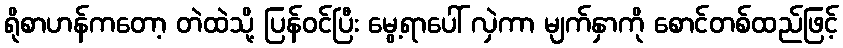
ရိုစာဟန်ကတော့ တဲထဲသို့ ပြန်ဝင်ပြီး မွေ့ရာပေါ် လှဲကာ မျက်နှာကို စောင်တစ်ထည်ဖြင့်